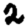
Digit: 2